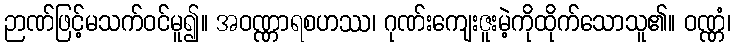
ဉာဏ်ဖြင့်မသက်ဝင်မူ၍။ အဝဏ္ဏာရစဟဿ၊ ဂုဏ်းကျေးဇူးမဲ့ကိုထိုက်သောသူ၏။ ဝဏ္ဏံ၊